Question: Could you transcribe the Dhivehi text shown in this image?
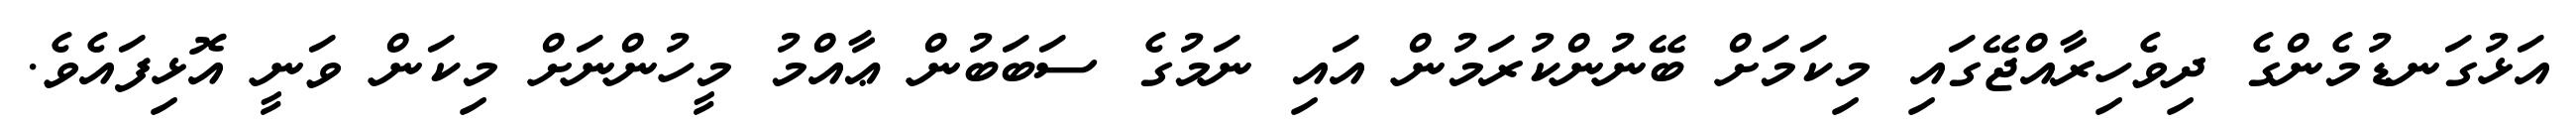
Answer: އަޅުގަނޑުމެންގެ ދިވެހިރާއްޖޭގައި މިކަމަށް ބޭނުންކުރަމުން އައި ނަމުގެ ސަބަބުން ޢާއްމު މީހުންނަށް މިކަން ވަނީ އޮޅިފައެވެ.